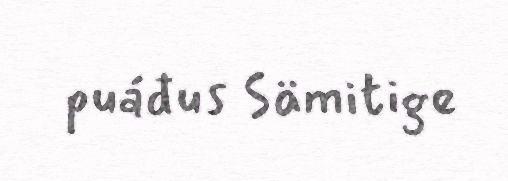
puáđus Sämitige